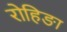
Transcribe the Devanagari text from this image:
रोहिङा